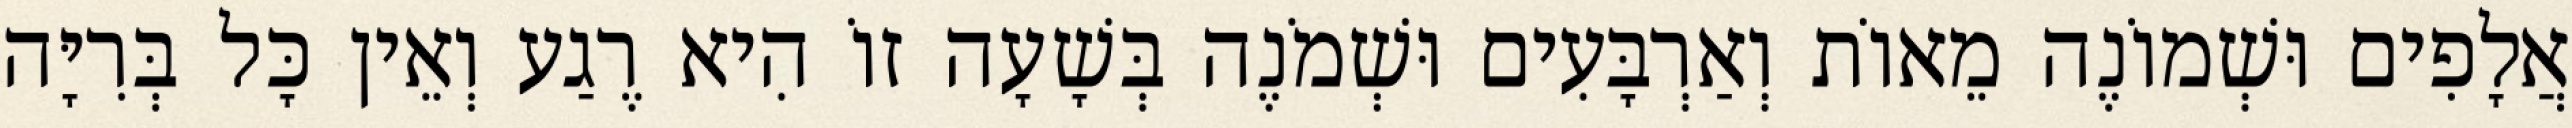
אֲלָפִים וּשְׁמוֹנֶה מֵאוֹת וְאַרְבָּעִים וּשְׁמֹנֶה בְּשָׁעָה זוֹ הִיא רֶגַע וְאֵין כָּל בְּרִיָּה